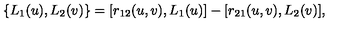
\{ L _ { 1 } ( u ) , L _ { 2 } ( v ) \} = [ r _ { 1 2 } ( u , v ) , L _ { 1 } ( u ) ] - [ r _ { 2 1 } ( u , v ) , L _ { 2 } ( v ) ] ,